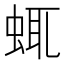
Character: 𧋖